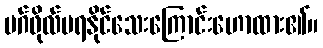
မဂ်ဖိုလ်မရနိုင်သေးကြောင်းဟောထား၏။